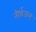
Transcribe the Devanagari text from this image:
तीर्थजल